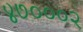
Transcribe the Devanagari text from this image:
४७०००२